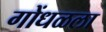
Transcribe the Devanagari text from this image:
गोंधळला